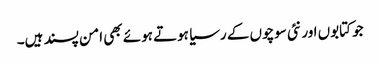
جو کتابوں اور نئی سوچوں کے رسیا ہوتے ہوئے بھی امن پسند ہیں۔